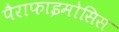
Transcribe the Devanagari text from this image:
पैराफाइमोसिस